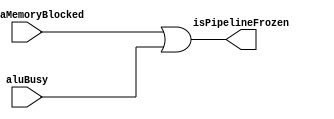
module  FreezeUnit(
  input aluBusy,
  input isDataMemoryBlocked,
  output isPipelineFrozen
);

  assign isPipelineFrozen = isDataMemoryBlocked || aluBusy;

endmodule